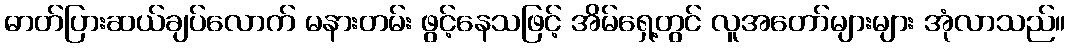
ဓာတ်ပြားဆယ်ချပ်လောက် မနားတမ်း ဖွင့်နေသဖြင့် အိမ်ရှေ့တွင် လူအတော်များများ အုံလာသည်။